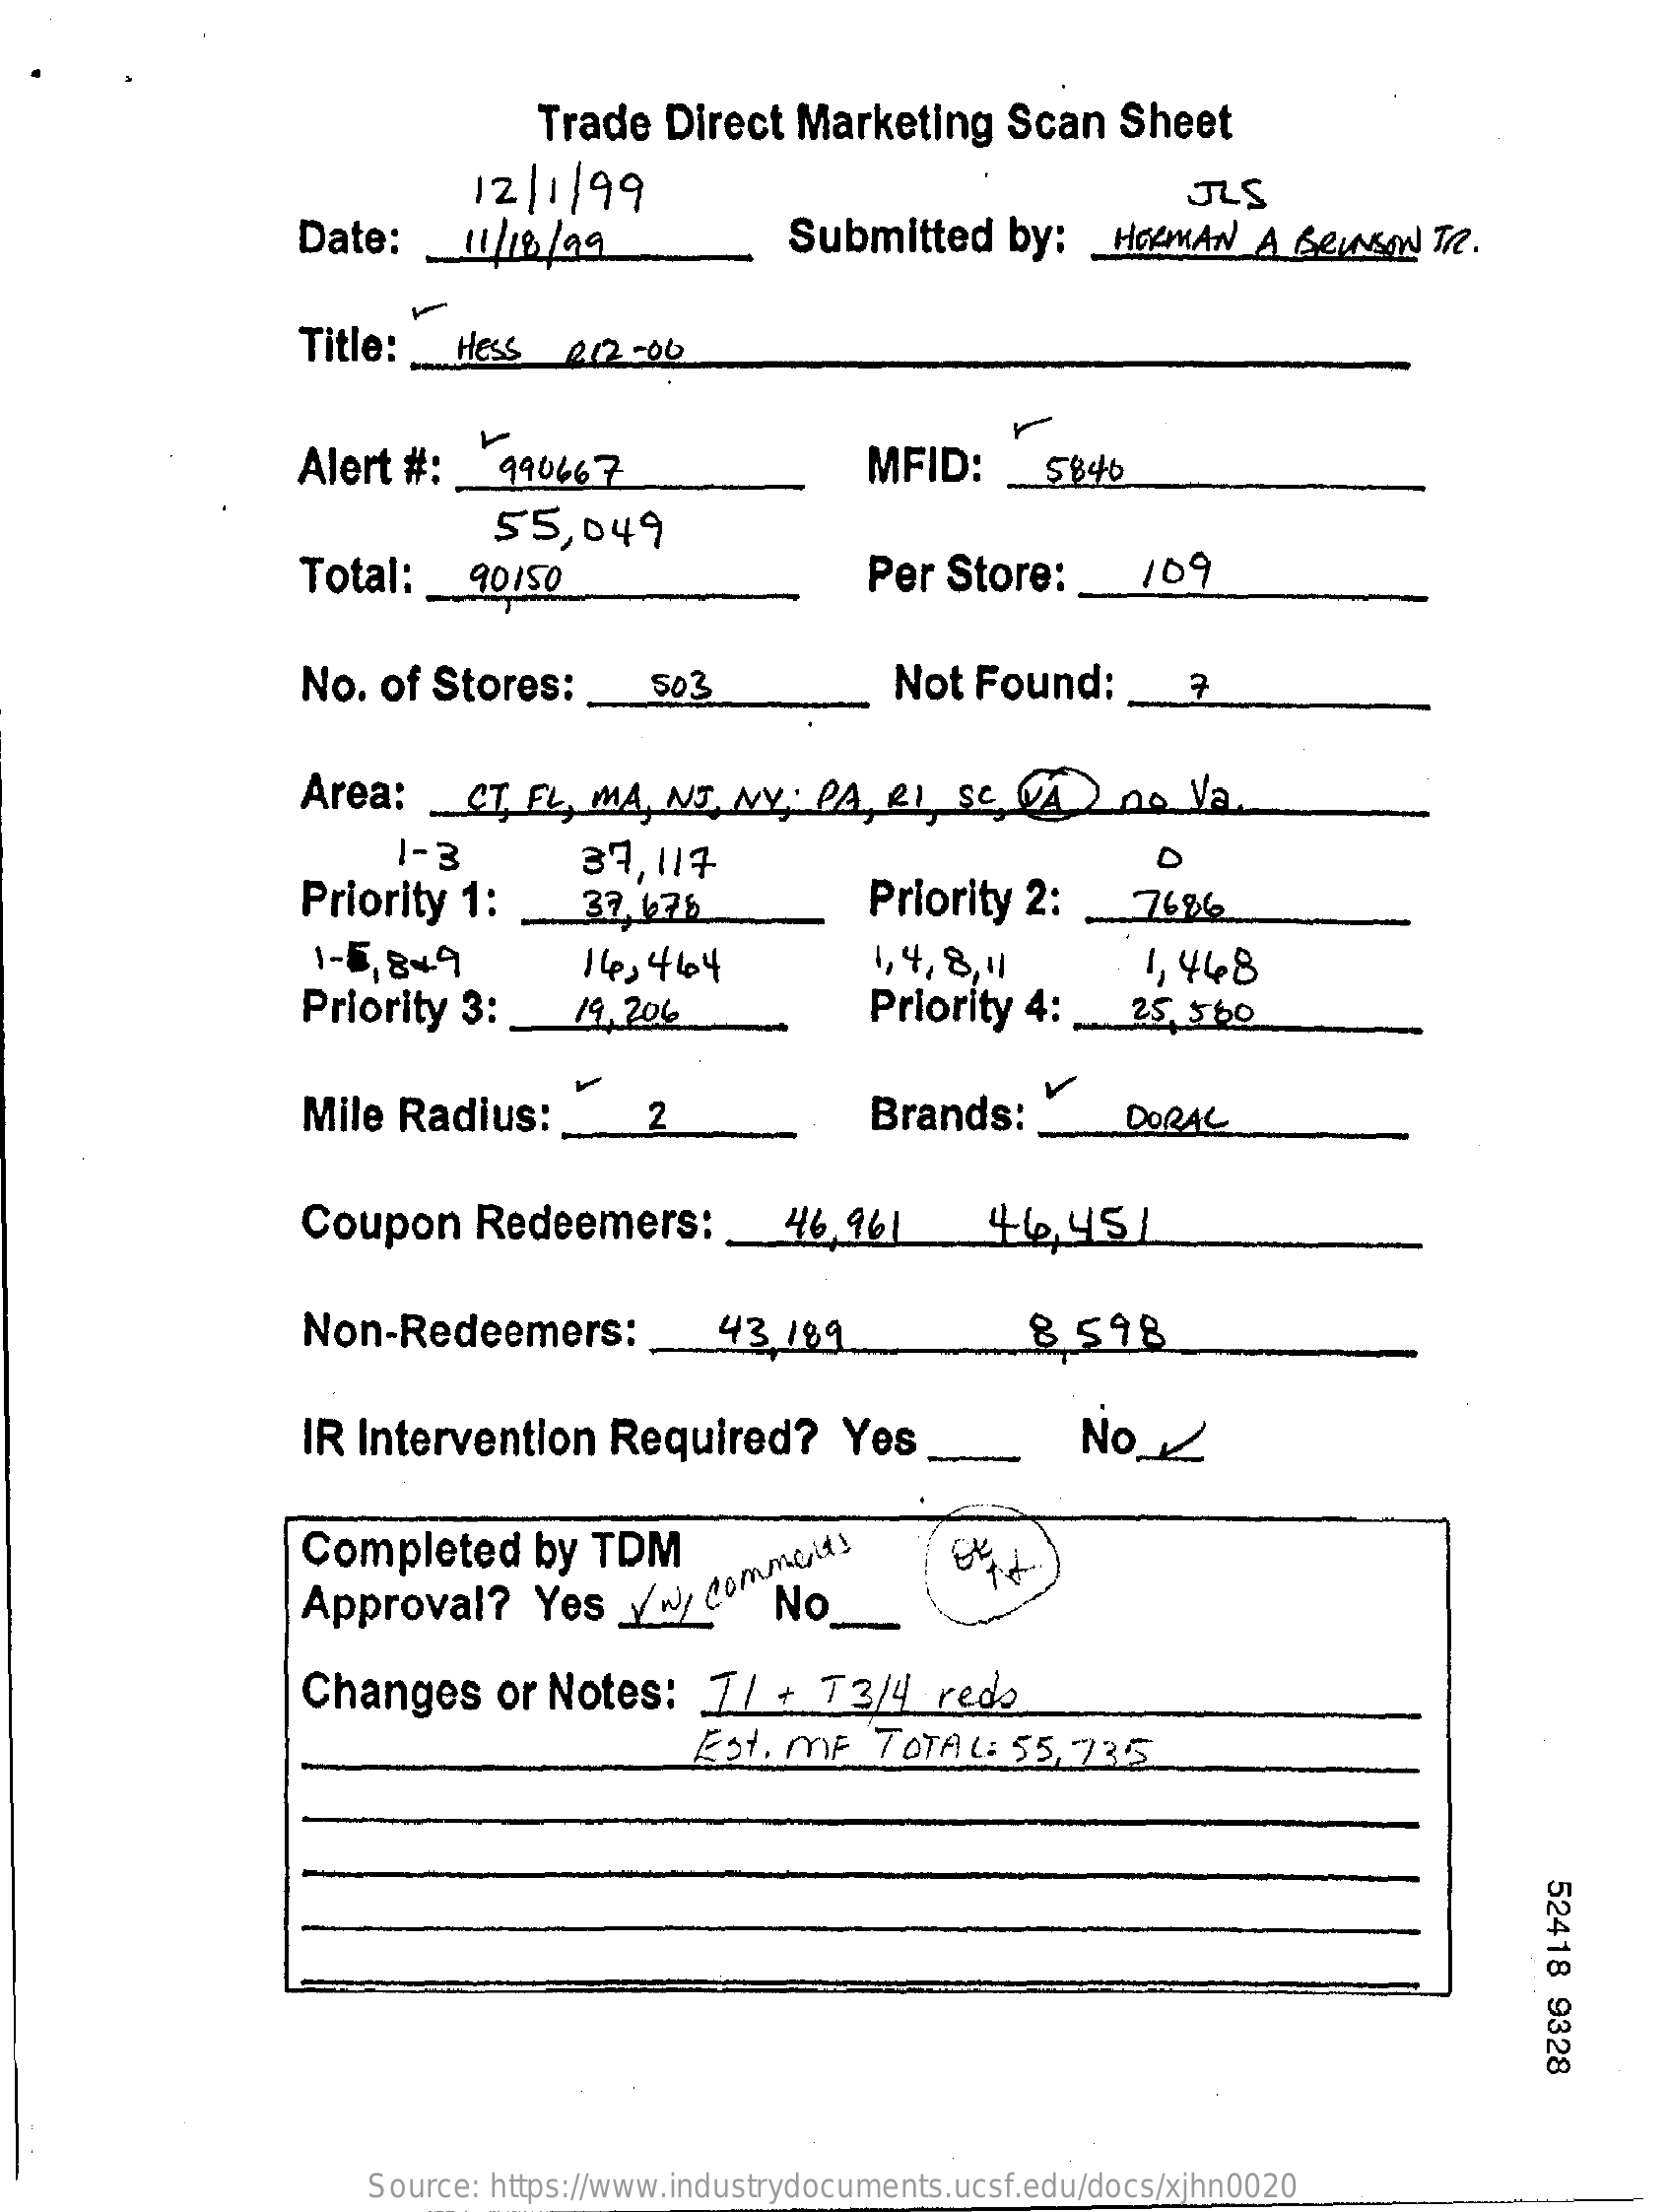
Trade   Direct  Marketing    Scan   Sheet
     12/1/99    JLS
     Date:   _ 11/10 /99    Submitted    by:    HaMAN    A GRINSW   TR.
     Title:    Hess   212-00
     Alert #:  .
     V
     990667    MFID:    5846
     55,049
     Total:    90150    Per  Store:    109
     No.  of Stores:    503    Not  Found:
     Area:    CT_FL,  MA, NJ,  NY,  PA,   1  se  VA  ) no   Va
     1-3
     Priority  1:
     37,11֏    D
     37.676    Priority  2:    7686
     1-5,849    14,464    1, 4, 8,11
     Priority 3:    19. 206    Priority  4:
     1, 448
     25, 500
     Mile Radius:
     v
     2    Brands:    DORAL
     Coupon    Redeemers:    46.961    44.451
     Non-Redeemers:    43  189    8 598
     IR Intervention    Required?    Yes.    NO_
     Completed    by  TDM
     Approval?    Yes   yn   commeit!
     No
     Changes    or  Notes:    7/  +  73/4    redo
     Est. MF   TOTAL:   55,735
     52418
     9328
     Source: https://www.industrydocuments.ucsf.edu/docs/xjhn0020